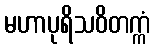
မဟာပုရိသဝိတက္ကံ